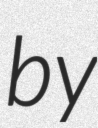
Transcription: by